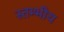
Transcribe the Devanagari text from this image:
स्तम्भीय